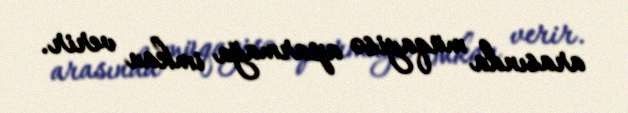
arasında müqayisə aparmağa imkan verir.